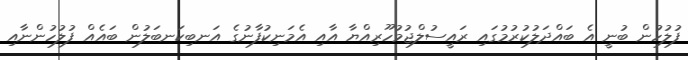
ފުލުހުން ބުނީ އެ ބައްދަލުކުރުމުގައި ރައީސުލްޖުމުހޫރިއްޔާ އާއި އެމަނިކުފާނުގެ އަނބިކަނބަލުން ބައެއް ފުލުހުންނާއި